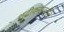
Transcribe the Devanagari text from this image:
शुद्घीकरणातील